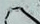
سيدي